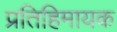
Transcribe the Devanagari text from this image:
प्रतिहिमायक